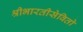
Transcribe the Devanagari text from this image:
श्रीभारतीसेवितो